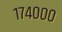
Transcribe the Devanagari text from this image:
१७४०००